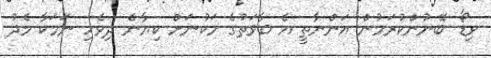
ވިޑޯ' ބޭނުންކުރަމުން އަންނާތީ އެ ބާވަތުގެ މަކުނަށް ކިޔާނެ ދިވެހި ނަމަކާ މެދު